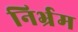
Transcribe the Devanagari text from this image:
निर्भ्रम